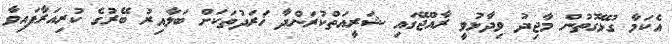
އެކަމާ ގުޅޭގޮތުން މާޖިދު ވިދާޅުވީ ރާއްޖޭގައި ޝަރީއަތްކުރަންދާ ޚަރަދުތަކަށް ބަލާއިރު ބޭރުގެ ކުރިއަރާފައިވާ